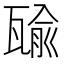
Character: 𤭷